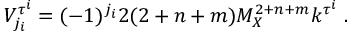
V _ { j _ { i } } ^ { \tau ^ { i } } = ( - 1 ) ^ { j _ { i } } 2 ( 2 + n + m ) M _ { X } ^ { 2 + n + m } k ^ { \tau ^ { i } } ~ . ~ \,